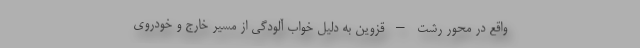
واقع در محور رشت – قزوین به دلیل خواب آلودگی از مسیر خارج و خودروی